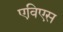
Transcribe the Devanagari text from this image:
एविएस